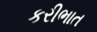
કરીભાત